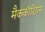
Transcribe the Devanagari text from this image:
मैककॉरियन